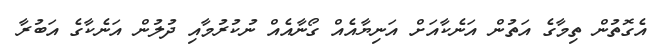
އެގޮތުން ތިމާގެ އަތުން އަނެކާއަށް އަނިޔާއެއް ގޯނާއެއް ނުކުރުމާއި ދުލުން އަނެކާގެ އަބުރާ